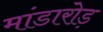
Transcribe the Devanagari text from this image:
मांडारोड़